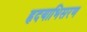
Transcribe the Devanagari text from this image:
हृदयाभिसरण